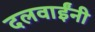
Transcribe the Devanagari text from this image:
दलवाईंनी